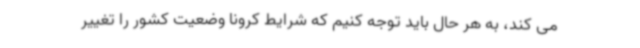
می کند، به هر حال باید توجه کنیم که شرایط کرونا وضعیت کشور را تغییر